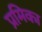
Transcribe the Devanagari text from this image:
प्रमिका